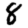
Digit: 8